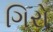
ગિરો